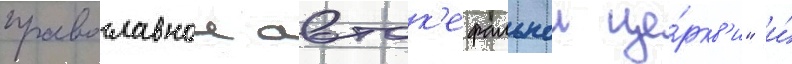
православнои авток'ефальнои це́ркв'и" и́